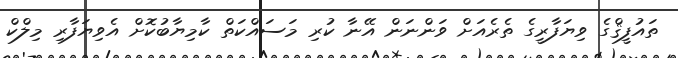
ތައުފީޤްގެ ވިޔަފާރީގެ ތެރެއަށް ވަންނަން އޭނާ ކުރި މަސައްކަތް ކާމިޔާބުކޮށް އެވިޔަފާރި މިލްކް